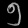
Digit: ၅